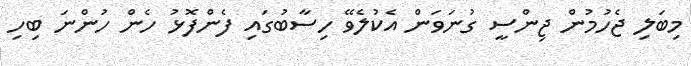
މިބަލި ޖެހުމުން ޖިންސީ ގުނަވަން އެކުލެވޭ ހިސާބުގައި ފެންފޮޅު ހެން ހުންނަ ބިހި